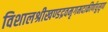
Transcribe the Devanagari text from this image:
विशालश्रीखण्डद्रवमृगमदाकीर्णघुसृण